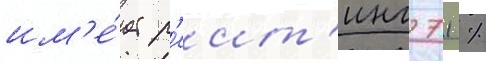
им'е́ет р'еит'инг 71 %